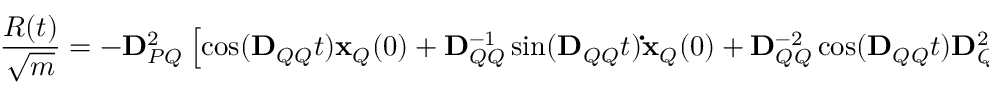
\frac { R ( t ) } { \sqrt { m } } = - \mathbf { D } _ { P Q } ^ { 2 } \left[ \cos ( \mathbf { D } _ { Q Q } t ) \mathbf { x } _ { Q } ( 0 ) + \mathbf { D } _ { Q Q } ^ { - 1 } \sin ( \mathbf { D } _ { Q Q } t ) \mathbf { \dot { x } } _ { Q } ( 0 ) + \mathbf { D } _ { Q Q } ^ { - 2 } \cos ( \mathbf { D } _ { Q Q } t ) \mathbf { D } _ { Q P } ^ { 2 } \mathbf { x } _ { P } ( 0 ) \right] .